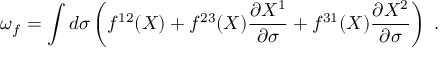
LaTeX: \omega _ { f } = \int d \sigma \left( f ^ { 1 2 } ( X ) + f ^ { 2 3 } ( X ) \frac { \partial X ^ { 1 } } { \partial \sigma } + f ^ { 3 1 } ( X ) \frac { \partial X ^ { 2 } } { \partial \sigma } \right) \, \, .